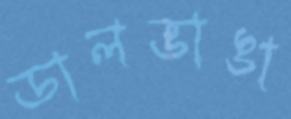
ডালভাঙা